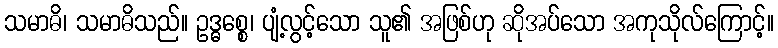
သမာဓိ၊ သမာဓိသည်။ ဥဒ္ဓစ္စေ၊ ပျံ့လွင့်သော သူ၏ အဖြစ်ဟု ဆိုအပ်သော အကုသိုလ်ကြောင့်။